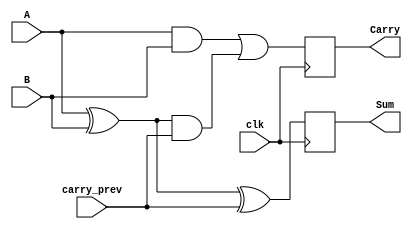
module sequential_half_adder (
    input wire clk,          // Clock input
    input wire A,           // First single-bit input
    input wire B,           // Second single-bit input
    input wire carry_prev,   // Previous carry input
    output reg Sum,         // Sum output
    output reg Carry        // Carry output
);

    // Internal signals for computation
    wire sum_comb;
    wire carry_comb;

    // Sum calculation
    assign sum_comb = A ^ B ^ carry_prev;

    // Carry calculation
    assign carry_comb = (A & B) | ((A ^ B) & carry_prev);

    // Sequential logic: Update outputs on the rising edge of the clock
    always @(posedge clk) begin
        Sum <= sum_comb;      // Update Sum output
        Carry <= carry_comb;  // Update Carry output
    end

endmodule